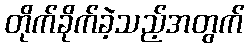
တိုက်ခိုက်ခဲ့သည့်အတွက်